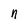
Character: n